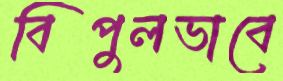
বিপুলভাবে